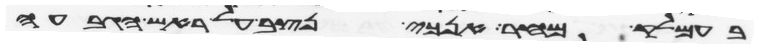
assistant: בעמלק מחר אנכי נצב על ראש הגבעה